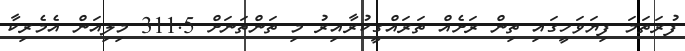
ފުރަތަމަ ފިޔަވަހީގައި ތިން ރަށެއް ތަރައްގީކުރާއިރު މި ތަންތަނަށް 311.5 މިލިއަން އެމެރިކާ